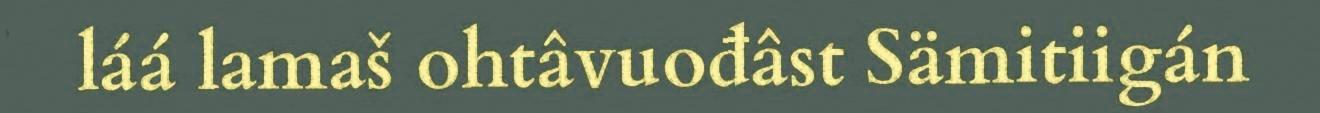
láá lamaš ohtâvuođâst Sämitiigán